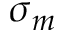
\sigma _ { m }